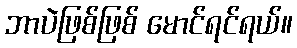
ဘာပဲဖြစ်ဖြစ် မောင်ရင်ရယ်။